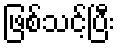
ဖြစ်သင့်ပြီး